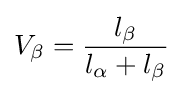
V_{\beta }={\frac {l_{\beta }}{l_{\alpha }+l_{\beta }}}